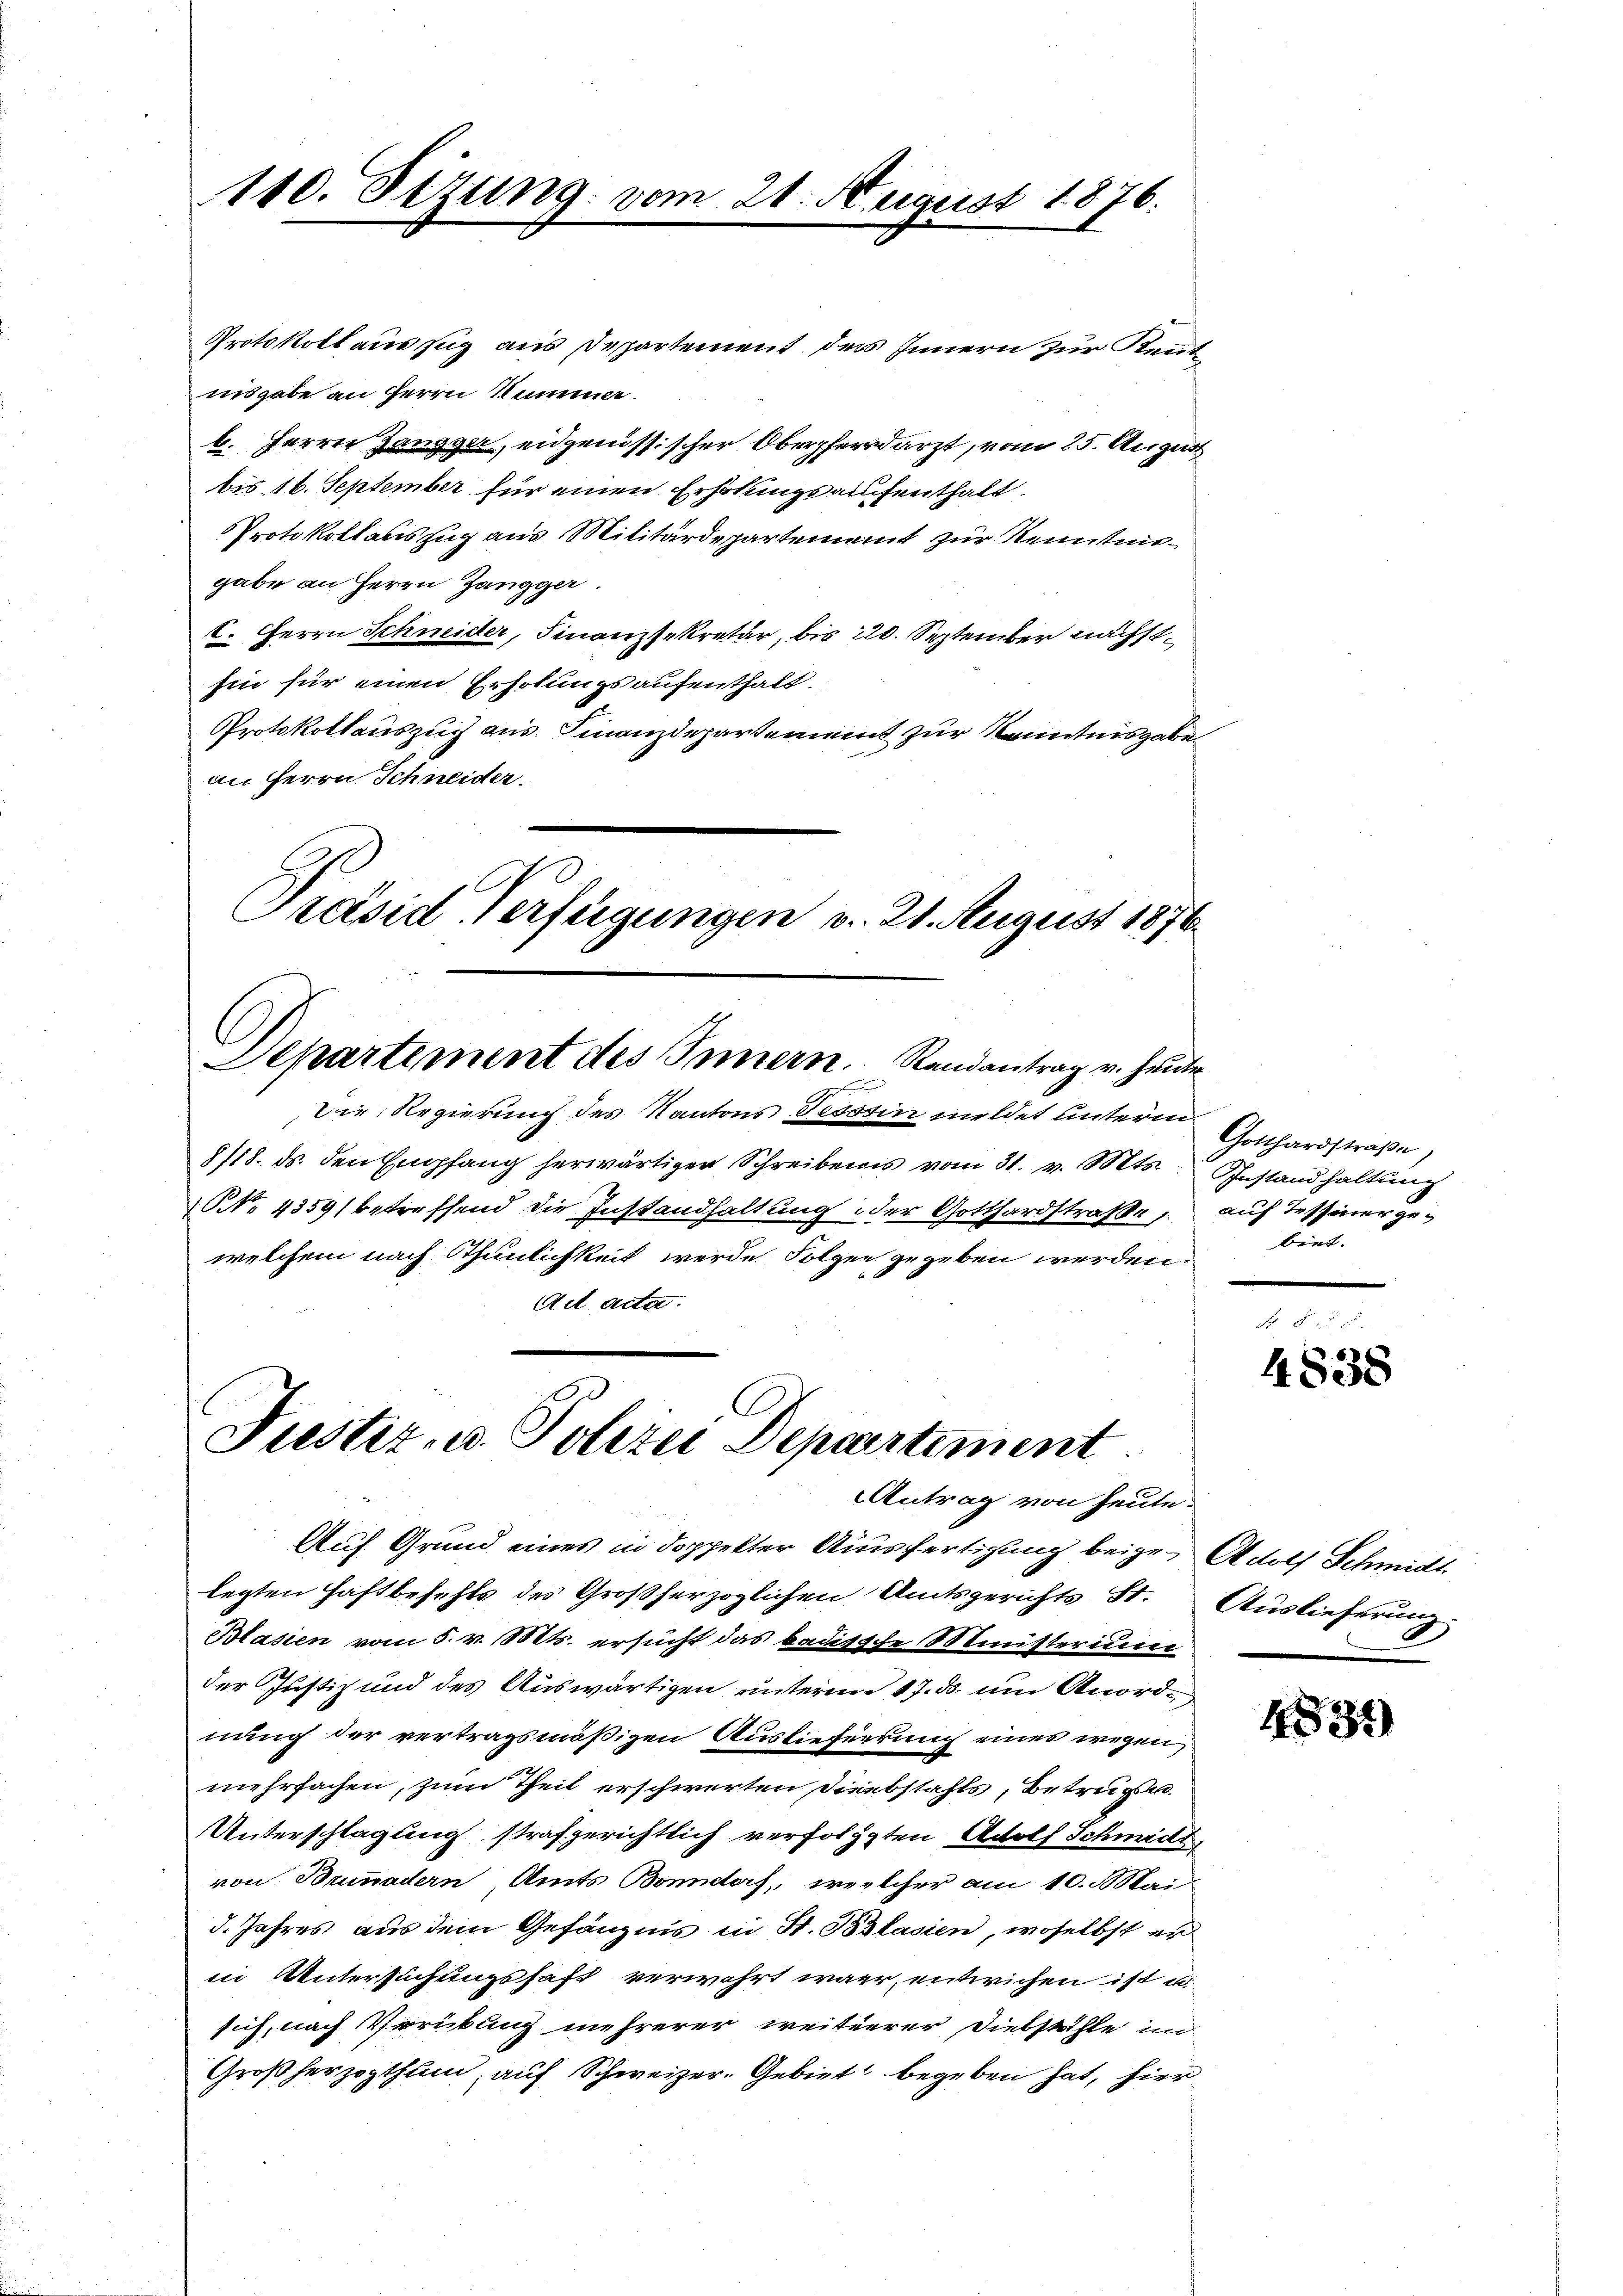
Protokoll auszug aus Departement des Innern zur Rennt
nnsgabe an Herrn Nummer.
b. Herrn Zangger, eidgenössischer Oberpferdarzt, vom 25. August
bis 16. September für einen Erhöhungsaufenthalt
Protokoll auszug aus Militärdepartement zur Reinstungabe an Herrn Zangger.
I. Herrn Schneider, Finanzsekretär, bis 220. September nächsthin für einen Erholungsaufenthalt.
Protokollauszug aus. Finanzdepartement zur Kenntnisgabe
an Herrn Schneider.
.
Präsid Verfügungen v. 21. August 1876

110. Sizung vom 21. August 1876.

Departement des Innern. Randantrag v. heute

Die Regierung des Kantons Tesssin mildet unterm
8/18. ds. den Empfang herwärtiger Schreibens vom 31. v. Mts.
NNo. 4359) betreffend die Instandhaltung der Gotthardstraße,
welchem nach Thunlichkeit werde Folgen gegeben werden.
Act acta.

Justiz- u. Polizei Departement
Antrag von heute.

Gotthardstraβe,
Instand haltung
auf Tessiner gebiet.

Auf Grund eines in doppelter Ausfertigung beige Adolf Schmidt
legten Haftbefehls des Großherzoglichen Amtsgerichts St. Auslieferung
Blasien vom 5. v. Mts. ersucht das badische Ministerium
der Justiz und des Auswärtigen unterm 17. ds. um Anordnung der vertragsmäßigen Auslieferrung eines wegen
mehrfachen, zum Theil erschwerten Liebstahls, Betrugen.
Unterschlagung strafgerichtlich verfolgten Adolf Schmidt,
von Bumadern Amts Bonndorf, welcher am 10. Mai
d. Jahres aus dem Gefängnis in St. Blasien, woselbst erin Untersuchungshaft verwehrt war, entwichen ist u.
sich, nach Verübung mehrerer weiterrer Diebstähle in
Großherzogthum, auf Schweizer-Gebiet begeben hat, hier¬

4838

4834)